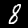
Digit: 8